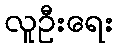
လူဦးရေး